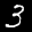
Label: 3